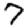
Digit: 7